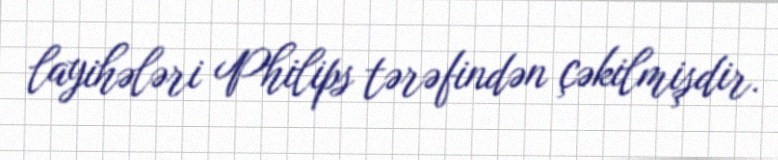
layihələri Philips tərəfindən çəkilmişdir.